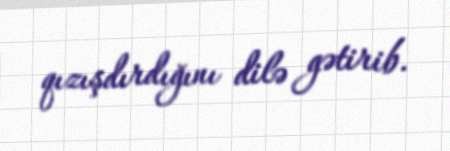
qızışdırdığını dilə gətirib.